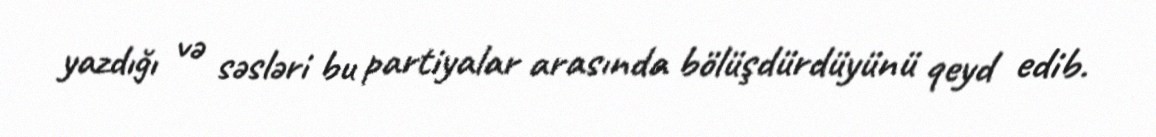
yazdığı və səsləri bu partiyalar arasında bölüşdürdüyünü qeyd edib.